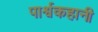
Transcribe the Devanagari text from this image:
पार्श्वकहानी